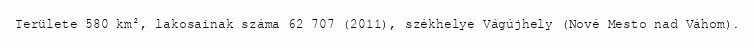
Területe 580 km², lakosainak száma 62 707 (2011), székhelye Vágújhely (Nové Mesto nad Váhom).